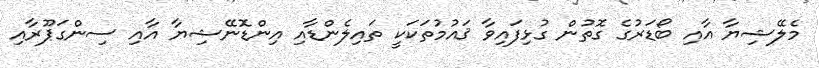
މެލޭޝިޔާ އާއި ބޯޑަރުގެ ގޮތުން ގުޅިފައިވާ ޤައުމުތަކަކީ ތައިލެންޑާއި އިންޑޮނޭޝިޔާ އާއި ސިންގަޕޫރާއި